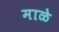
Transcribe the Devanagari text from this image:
माळे